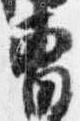
曹